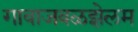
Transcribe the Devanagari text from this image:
गावाजवळझेलम